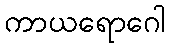
ကာယရောဂေါ